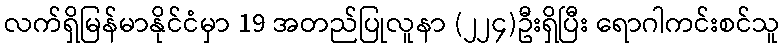
လက်ရှိမြန်မာနိုင်ငံမှာ 19 အတည်ပြုလူနာ (၂၂၄)ဦးရှိပြီး ရောဂါကင်းစင်သူ